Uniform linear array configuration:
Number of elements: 64
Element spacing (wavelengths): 0.25
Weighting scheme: hamming
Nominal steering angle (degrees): -15
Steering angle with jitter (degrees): -16.637
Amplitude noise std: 0.05
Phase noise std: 0.05

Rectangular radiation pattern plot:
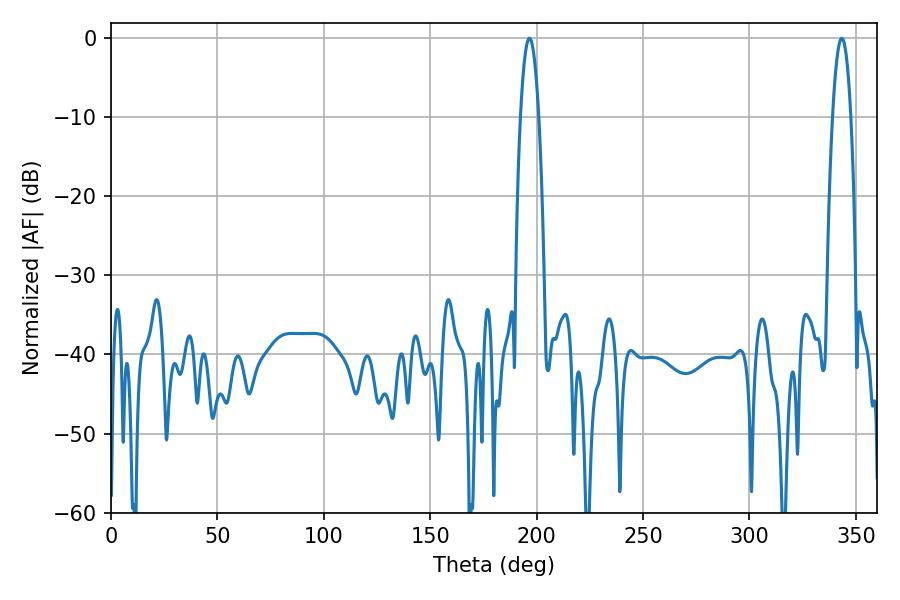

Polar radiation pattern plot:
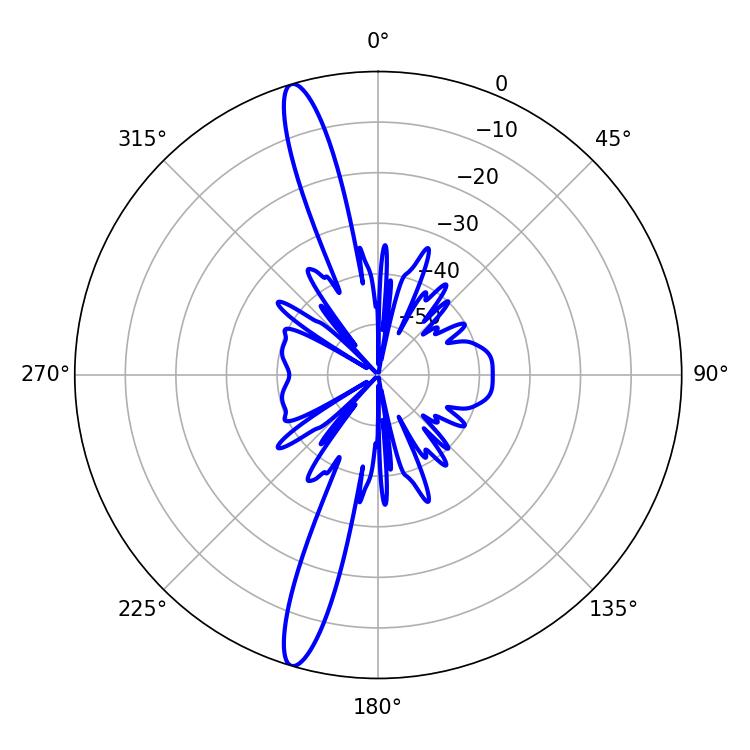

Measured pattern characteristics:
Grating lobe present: FALSE
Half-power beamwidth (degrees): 4.86
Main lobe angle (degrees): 196.56